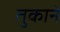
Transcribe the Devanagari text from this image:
तुकाने